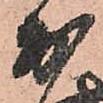
於